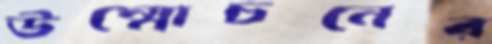
উম্মোচনের